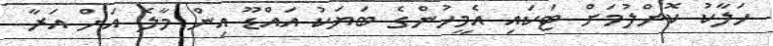
ހަލާކު ކޮށްލުމަށް ޓަކައި އެމީހުންގެ ބަޔަކު އައްޑޫ އިން މާލެ އަށް އަރާ